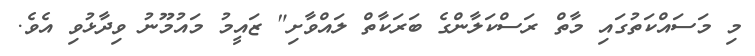
މި މަސައްކަތުގައި މާތް ރަސްކަލާންގެ ބަރަކާތް ލައްވާށި" ޒައީމު މައުމޫނު ވިދާޅުވި އެވެ.